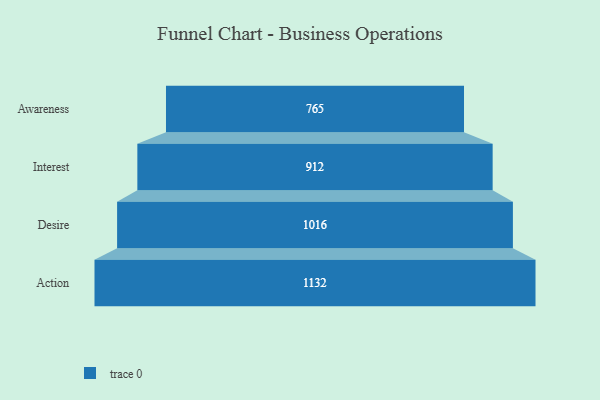
{"axis": {"x": "Stage", "y": "Value"}, "legend": [""], "data": [{"x": "Awareness", "y": 765.0, "type": ""}, {"x": "Interest", "y": 912.0, "type": ""}, {"x": "Desire", "y": 1016.0, "type": ""}, {"x": "Action", "y": 1132.0, "type": ""}]}